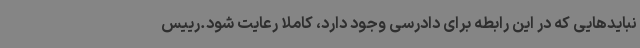
نبایدهایی که در این رابطه برای دادرسی وجود دارد، کاملا رعایت شود.رییس